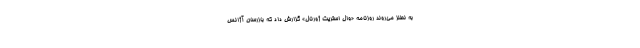
به نطنز می‌روند روزنامه «وال استریت ژورنال» گزارش داد که بازرسان آژانس